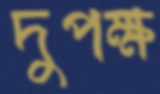
দুপক্ষ